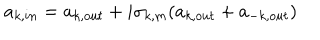
LaTeX: a _ { k , i n } = a _ { k , o u t } + i \sigma _ { k , m } ( a _ { k , o u t } + a _ { - k , o u t } )